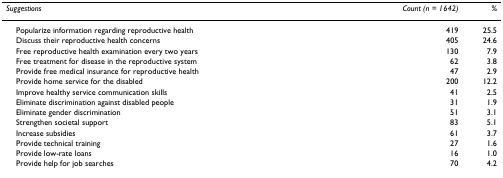
<table><thead><tr><td><b><i>Suggestions</i></b></td><td><b><i>Count (n = 1642)</i></b></td><td><b><i>%</i></b></td></tr></thead><tbody><tr><td> Popularize information regarding reproductive health</td><td>419</td><td>25.5</td></tr><tr><td> Discuss their reproductive health concerns</td><td>405</td><td>24.6</td></tr><tr><td> Free reproductive health examination every two years</td><td>130</td><td>7.9</td></tr><tr><td> Free treatment for disease in the reproductive system</td><td>62</td><td>3.8</td></tr><tr><td> Provide free medical insurance for reproductive health</td><td>47</td><td>2.9</td></tr><tr><td> Provide home service for the disabled</td><td>200</td><td>12.2</td></tr><tr><td> Improve healthy service communication skills</td><td>41</td><td>2.5</td></tr><tr><td> Eliminate discrimination against disabled people</td><td>31</td><td>1.9</td></tr><tr><td> Eliminate gender discrimination</td><td>51</td><td>3.1</td></tr><tr><td> Strengthen societal support</td><td>83</td><td>5.1</td></tr><tr><td> Increase subsidies</td><td>61</td><td>3.7</td></tr><tr><td> Provide technical training</td><td>27</td><td>1.6</td></tr><tr><td> Provide low-rate loans</td><td>16</td><td>1.0</td></tr><tr><td> Provide help for job searches</td><td>70</td><td>4.2</td></tr></tbody></table>